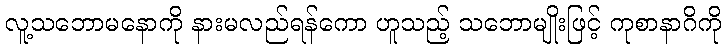
လူ့သဘောမနောကို နားမလည်ရန်ကော ဟူသည့် သဘောမျိုးဖြင့် ကုစာနာဂိကို